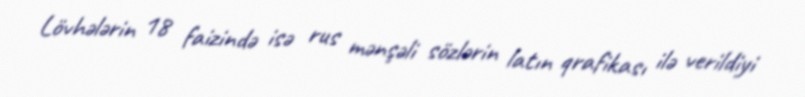
Lövhələrin 18 faizində isə rus mənşəli sözlərin latın qrafikası ilə verildiyi